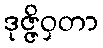
ဒုဇ္ဇိဝှတာ